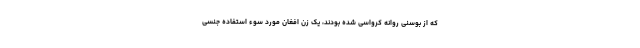
که از بوسنی روانه کرواسی شده بودند، یک زن افغان مورد سوء استفاده جنسی